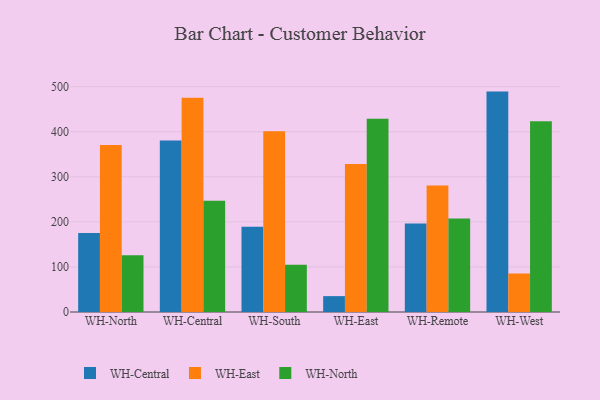
{"axis": {"x": "Warehouse", "y": "Gross Profit (USD K)"}, "legend": ["WH-Central", "WH-East", "WH-North"], "data": [{"x": "WH-North", "y": 175.1, "type": "WH-Central"}, {"x": "WH-North", "y": 370.4, "type": "WH-East"}, {"x": "WH-North", "y": 126.1, "type": "WH-North"}, {"x": "WH-Central", "y": 380.3, "type": "WH-Central"}, {"x": "WH-Central", "y": 475.2, "type": "WH-East"}, {"x": "WH-Central", "y": 246.9, "type": "WH-North"}, {"x": "WH-South", "y": 189.0, "type": "WH-Central"}, {"x": "WH-South", "y": 401.1, "type": "WH-East"}, {"x": "WH-South", "y": 105.0, "type": "WH-North"}, {"x": "WH-East", "y": 35.2, "type": "WH-Central"}, {"x": "WH-East", "y": 328.1, "type": "WH-East"}, {"x": "WH-East", "y": 428.5, "type": "WH-North"}, {"x": "WH-Remote", "y": 196.3, "type": "WH-Central"}, {"x": "WH-Remote", "y": 280.5, "type": "WH-East"}, {"x": "WH-Remote", "y": 207.7, "type": "WH-North"}, {"x": "WH-West", "y": 489.0, "type": "WH-Central"}, {"x": "WH-West", "y": 85.4, "type": "WH-East"}, {"x": "WH-West", "y": 423.1, "type": "WH-North"}]}